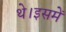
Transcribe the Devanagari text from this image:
थे।इसमें